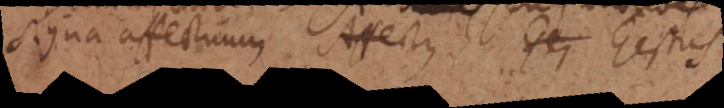
Signa affectuum. Affectus. Gestus.